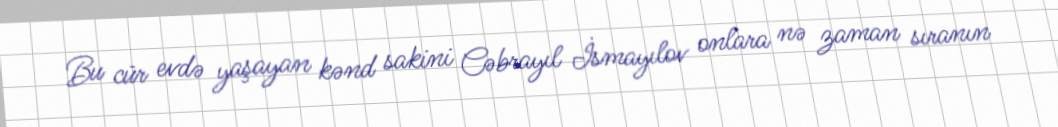
Bu cür evdə yaşayan kənd sakini Cəbrayıl İsmayılov onlara nə zaman sıranın